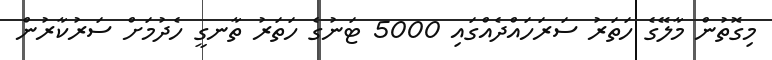
މިގޮތުން މާލޭގެ ހަތަރު ސަރަހައްދެއްގައި 5000 ޓަނުގެ ހަތަރު ތާނގީ ހެދުމަށް ސަރުކާރުން